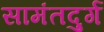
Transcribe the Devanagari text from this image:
सामंतदुर्ग